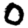
Digit: 0